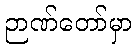
ဉာဏ်တော်မှာ